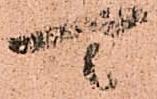
可